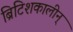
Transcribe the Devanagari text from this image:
ब्रिटिशकालीन्